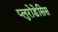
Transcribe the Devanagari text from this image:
प्लुरोडेसिस